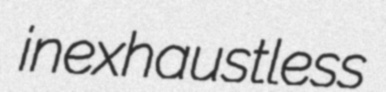
inexhaustless